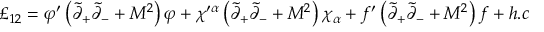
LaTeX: \pounds _ { 1 2 } = \varphi ^ { \prime } \left( \tilde { \partial } _ { + } \tilde { \partial } _ { - } + M ^ { 2 } \right) \varphi + \chi ^ { \prime \alpha } \left( \tilde { \partial } _ { + } \tilde { \partial } _ { - } + M ^ { 2 } \right) \chi _ { \alpha } + f ^ { \prime } \left( \tilde { \partial } _ { + } \tilde { \partial } _ { - } + M ^ { 2 } \right) f + h . c